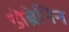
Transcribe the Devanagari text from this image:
डोब्रेनिन